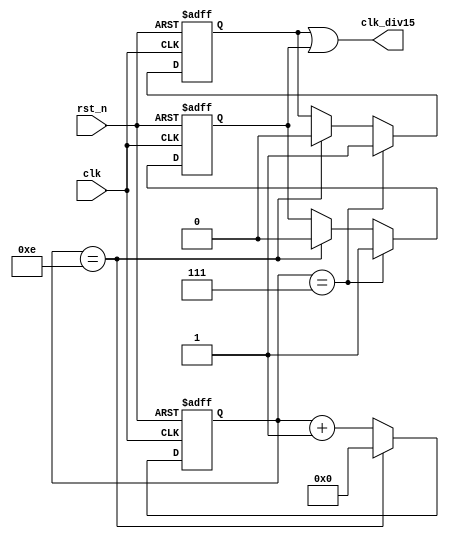
module Div15 
(
    input wire clk, 
    input wire rst_n,   //  
    output wire clk_div15               
);

    localparam cnt_val = 4'd14;
    reg [3:0] cnt;
    reg clk_up,clk_down;
    
    always @(posedge clk, negedge rst_n) begin
        if(!rst_n) 
            cnt <= 4'd0;
        else begin
            if(cnt == cnt_val)
                cnt <= 4'd0;
            else
                cnt <= cnt + 4'd1;
        end
    end


    always @(posedge clk, negedge rst_n) begin
        if(!rst_n) 
            clk_up <= 1'd0;
        else begin
            if(cnt == cnt_val/2)
                clk_up <= 1'd1;
            else if(cnt == cnt_val)
                clk_up <= 1'd0;
            else    
                clk_up <= clk_up;
        end
    end
    
    
    always @(negedge clk, negedge rst_n) begin
        if(!rst_n) 
            clk_down <= 1'd0;
        else begin
            if(cnt == cnt_val/2)
                clk_down <= 1'd1;
            else if(cnt == cnt_val)
                clk_down <= 1'd0;
            else    
                clk_down <= clk_down;
        end
    end
    
    assign clk_div15 = clk_up | clk_down;
    
endmodule